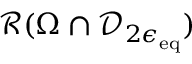
\mathcal { R } ( \Omega \cap \mathcal { D } _ { 2 \epsilon _ { \mathrm { e q } } } )